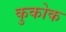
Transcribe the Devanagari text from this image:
कुकोक